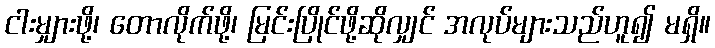
ငါးမျှားဖို့၊ တောလိုက်ဖို့၊ မြင်းပြိုင်ဖို့ဆိုလျှင် အလုပ်များသည်ဟူ၍ မရှိ။